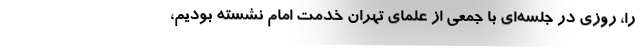
را، روزی در جلسه‌ای با جمعی از علمای تهران خدمت امام نشسته بودیم،